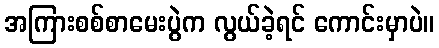
အကြားစစ်စာမေးပွဲက လွယ်ခဲ့ရင် ကောင်းမှာပဲ။